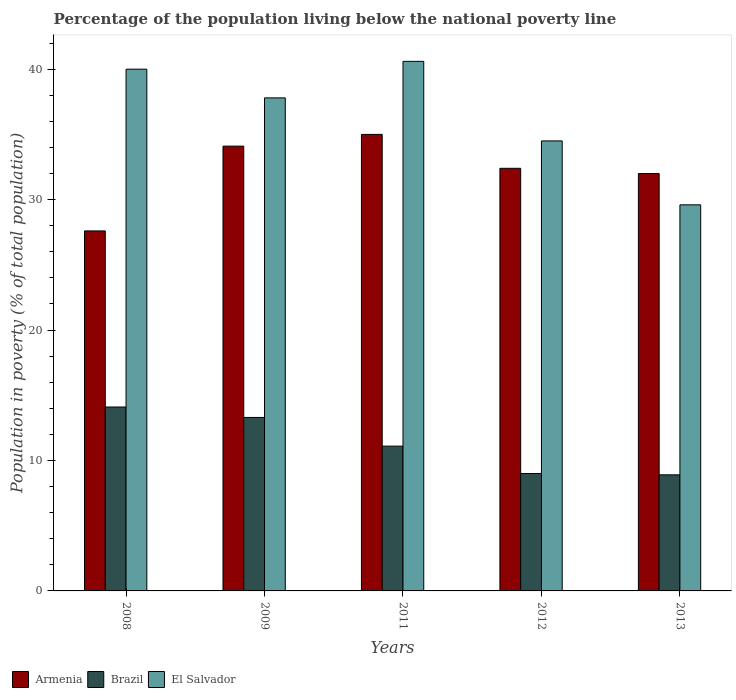
| Years | Armenia | Brazil | El Salvador |
 | --- | --- | --- | --- |
 | 2008 | 27.6 | 14.1 | 40 |
 | 2009 | 34.1 | 13.3 | 37.8 |
 | 2011 | 35 | 11.1 | 40.6 |
 | 2012 | 32.4 | 9 | 34.5 |
 | 2013 | 32 | 8.9 | 29.6 |